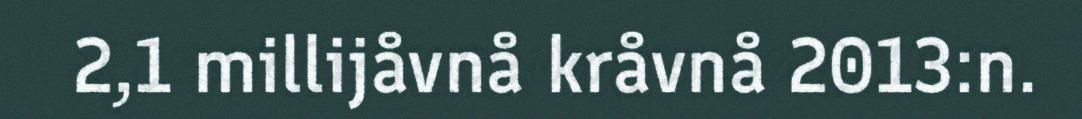
2,1 millijåvnå kråvnå 2013:n.